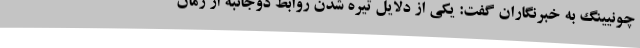
چونیینگ به خبرنگاران گفت: یکی از دلایل تیره شدن روابط دوجانبه از زمان